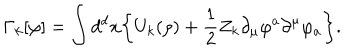
\Gamma _ { k } [ \varphi ] = \int { d } ^ { d } { x } \bigg \{ { U } _ { k } ( \rho ) + \frac { 1 } { 2 } Z _ { k } \partial _ { \mu } \varphi ^ { a } \partial ^ { \mu } \varphi _ { a } \bigg \} .